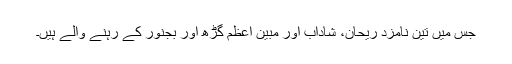
جس میں تین نامزد ریحان، شاداب اور مبین اعظم گڑھ اور بجنور کے رہنے والے ہیں۔